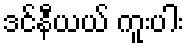
ဒင်နီယယ် ကူးပါး